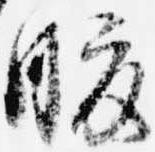
腹